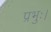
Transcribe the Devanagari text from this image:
प्रभुः।